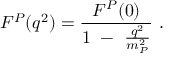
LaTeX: F ^ { P } ( q ^ { 2 } ) = \frac { F ^ { P } ( 0 ) } { 1 ~ - ~ \frac { q ^ { 2 } } { m _ { P } ^ { 2 } } } ~ .